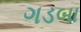
ગડબા